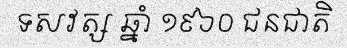
ទសវត្ស ឆ្នាំ ១៩៦០ ជនជាតិ